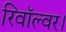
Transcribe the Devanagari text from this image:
रिवॉल्वर।